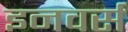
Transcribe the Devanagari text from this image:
इनवर्स